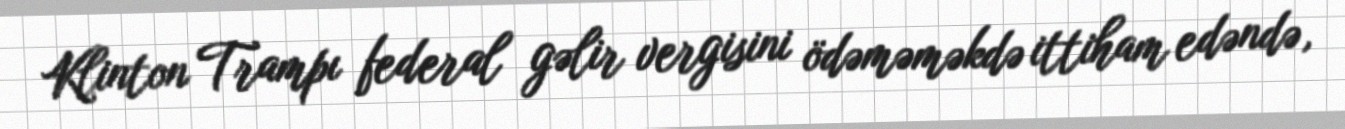
Klinton Trampı federal gəlir vergisini ödəməməkdə ittiham edəndə,